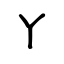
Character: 丫